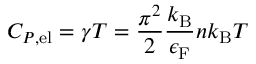
C _ { P , \mathrm { { e l } } } = \gamma T = { \frac { \pi ^ { 2 } } { 2 } } { \frac { k _ { \mathrm { { B } } } } { \epsilon _ { \mathrm { { F } } } } } n k _ { \mathrm { { B } } } T